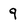
Character: 9